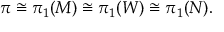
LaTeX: \pi \cong \pi _ { 1 } ( M ) \cong \pi _ { 1 } ( W ) \cong \pi _ { 1 } ( N ) .